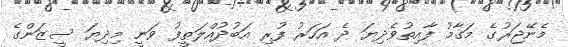
މެނޭޖަރުގެ މަގާމު ފާއިތުވެދިޔަ ދެ އަހަރު ފުރި އަބުދުއްލަޠީފު ވަނީ މިދިޔަ ސީޒަންގެ